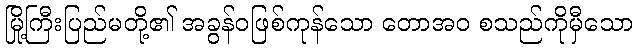
မြို့ကြီးပြည်မတို့၏ အခွန်ဝဖြစ်ကုန်သော တောအဝ စသည်ကိုမှီသော